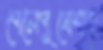
পেলেপুষেশাহ